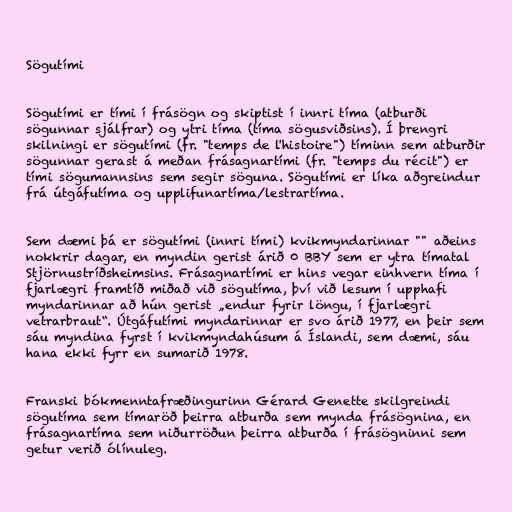
Sögutími

Sögutími er tími í frásögn og skiptist í innri tíma (atburði
sögunnar sjálfrar) og ytri tíma (tíma sögusviðsins). Í þrengri
skilningi er sögutími (fr. "temps de l'histoire") tíminn sem atburðir
sögunnar gerast á meðan frásagnartími (fr. "temps du récit") er
tími sögumannsins sem segir söguna. Sögutími er líka aðgreindur
frá útgáfutíma og upplifunartíma/lestrartíma.

Sem dæmi þá er sögutími (innri tími) kvikmyndarinnar "" aðeins
nokkrir dagar, en myndin gerist árið 0 BBY sem er ytra tímatal
Stjörnustríðsheimsins. Frásagnartími er hins vegar einhvern tíma í
fjarlægri framtíð miðað við sögutíma, því við lesum í upphafi
myndarinnar að hún gerist „endur fyrir löngu, í fjarlægri
vetrarbraut“. Útgáfutími myndarinnar er svo árið 1977, en þeir sem
sáu myndina fyrst í kvikmyndahúsum á Íslandi, sem dæmi, sáu
hana ekki fyrr en sumarið 1978.

Franski bókmenntafræðingurinn Gérard Genette skilgreindi
sögutíma sem tímaröð þeirra atburða sem mynda frásögnina, en
frásagnartíma sem niðurröðun þeirra atburða í frásögninni sem
getur verið ólínuleg.